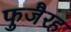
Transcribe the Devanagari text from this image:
फुजैरह